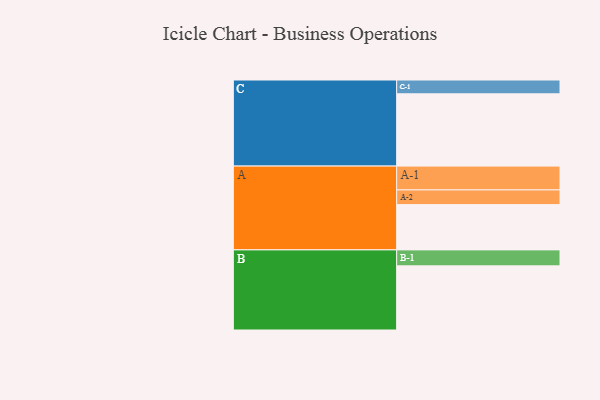
{"axis": {"x": "Segment", "y": "Value"}, "legend": ["", "A", "B", "C"], "data": [{"x": "A", "y": 357, "type": ""}, {"x": "B", "y": 506, "type": ""}, {"x": "C", "y": 570, "type": ""}, {"x": "A-1", "y": 188, "type": "A"}, {"x": "A-2", "y": 116, "type": "A"}, {"x": "B-1", "y": 126, "type": "B"}, {"x": "C-1", "y": 109, "type": "C"}]}